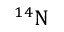
\boldsymbol { ^ { 1 4 } \mathrm { N } }